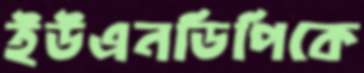
ইউএনডিপিকে